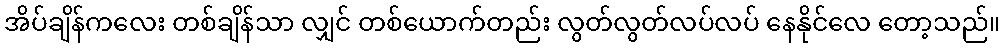
အိပ်ချိန်ကလေး တစ်ချိန်သာ လျှင် တစ်ယောက်တည်း လွတ်လွတ်လပ်လပ် နေနိုင်လေ တော့သည်။